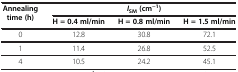
| Annealing time (h) | <COLSPAN=3> ISM(cm−1) |
 |  | H = 0.4 ml/min | H = 0.8 ml/min | H = 1.5 ml/min |
 | --- | --- | --- | --- |
 | 0 | 12.8 | 30.8 | 72.1 |
 | 1 | 11.4 | 26.8 | 52.5 |
 | 4 | 10.5 | 24.2 | 45.1 |